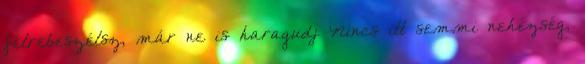
félrebeszélsz, már ne is haragudj Nincs itt semmi nehézség,